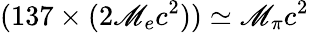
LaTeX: (137\times(2\mathscr{M}_{e}c^{2}))\simeq\mathscr{M}_{\pi}c^{2}